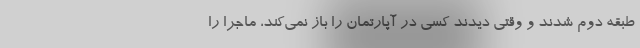
طبقه دوم شدند و وقتی دیدند کسی در آپارتمان را باز نمی‌کند، ماجرا را